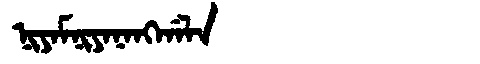
Manchu: ᠨᡳᠶᠠᠮᠨᡳᠶᠠᠨᠠᠩᡤᠠᠯᠠ
Romanization: NIYAMNIYANANGGALA